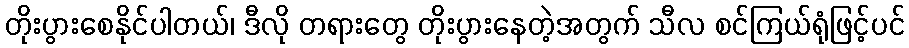
တိုးပွားစေနိုင်ပါတယ်၊ ဒီလို တရားတွေ တိုးပွားနေတဲ့အတွက် သီလ စင်ကြယ်ရုံဖြင့်ပင်